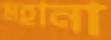
মহানা